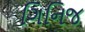
ગિનિજ